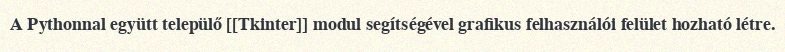
A Pythonnal együtt települő [[Tkinter]] modul segítségével grafikus felhasználói felület hozható létre.